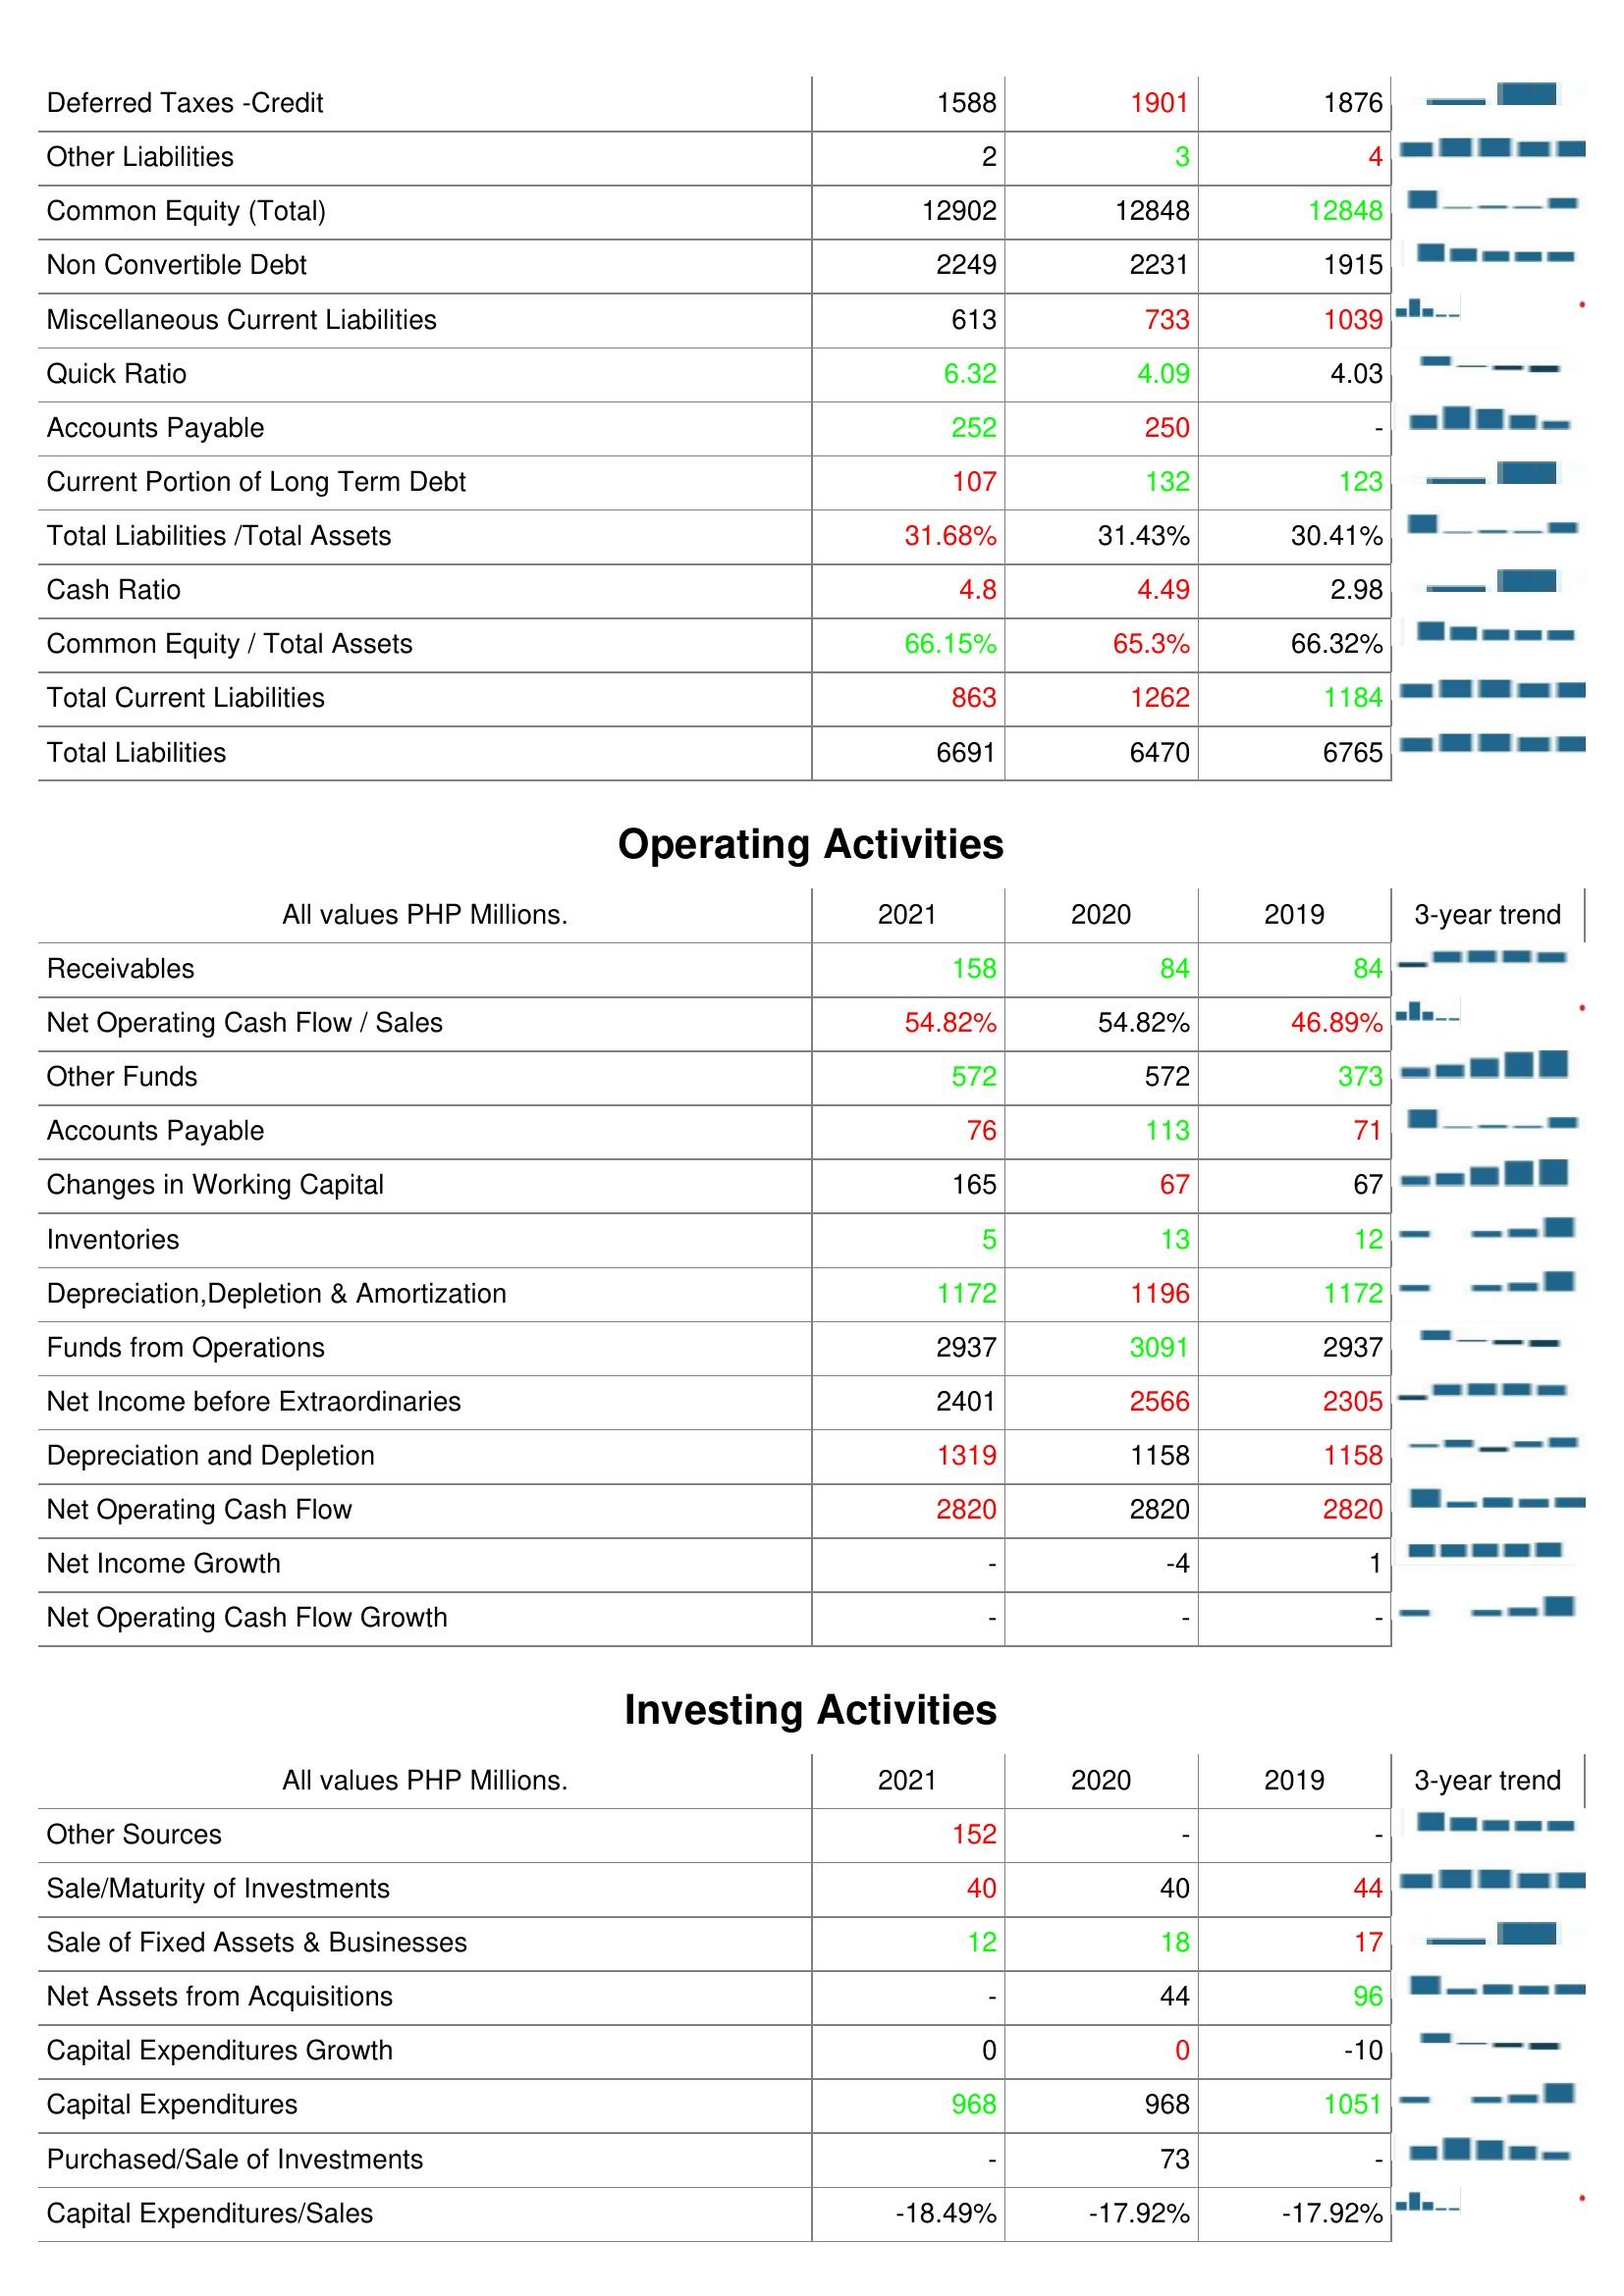
2021: Liabilities & Shareholder's Equity: Deferred Taxes -Credit: 1588
Other Liabilities: 2
Common Equity (Total): 12902
Non Convertible Debt: 2249
Miscellaneous Current Liabilities: 613
Quick Ratio: 6.32
Accounts Payable: 252
Current Portion of Long Term Debt: 107
Total Liabilities /Total Assets: 31.68%
Cash Ratio: 4.8
Common Equity / Total Assets: 66.15%
Total Current Liabilities: 863
Total Liabilities: 6691
Operating Activities: Receivables: 158
Net Operating Cash Flow / Sales: 54.82%
Other Funds: 572
Accounts Payable: 76
Changes in Working Capital: 165
Inventories: 5
Depreciation,Depletion & Amortization: 1172
Funds from Operations: 2937
Net Income before Extraordinaries: 2401
Depreciation and Depletion: 1319
Net Operating Cash Flow: 2820
Net Income Growth: -
Net Operating Cash Flow Growth: -
Investing Activities: Other Sources: 152
Sale/Maturity of Investments: 40
Sale of Fixed Assets & Businesses: 12
Net Assets from Acquisitions: -
Capital Expenditures Growth: 0
Capital Expenditures: 968
Purchased/Sale of Investments: -
Capital Expenditures/Sales: -18.49%
2020: Liabilities & Shareholder's Equity: Deferred Taxes -Credit: 1901
Other Liabilities: 3
Common Equity (Total): 12848
Non Convertible Debt: 2231
Miscellaneous Current Liabilities: 733
Quick Ratio: 4.09
Accounts Payable: 250
Current Portion of Long Term Debt: 132
Total Liabilities /Total Assets: 31.43%
Cash Ratio: 4.49
Common Equity / Total Assets: 65.3%
Total Current Liabilities: 1262
Total Liabilities: 6470
Operating Activities: Receivables: 84
Net Operating Cash Flow / Sales: 54.82%
Other Funds: 572
Accounts Payable: 113
Changes in Working Capital: 67
Inventories: 13
Depreciation,Depletion & Amortization: 1196
Funds from Operations: 3091
Net Income before Extraordinaries: 2566
Depreciation and Depletion: 1158
Net Operating Cash Flow: 2820
Net Income Growth: -4
Net Operating Cash Flow Growth: -
Investing Activities: Other Sources: -
Sale/Maturity of Investments: 40
Sale of Fixed Assets & Businesses: 18
Net Assets from Acquisitions: 44
Capital Expenditures Growth: 0
Capital Expenditures: 968
Purchased/Sale of Investments: 73
Capital Expenditures/Sales: -17.92%
2019: Liabilities & Shareholder's Equity: Deferred Taxes -Credit: 1876
Other Liabilities: 4
Common Equity (Total): 12848
Non Convertible Debt: 1915
Miscellaneous Current Liabilities: 1039
Quick Ratio: 4.03
Accounts Payable: -
Current Portion of Long Term Debt: 123
Total Liabilities /Total Assets: 30.41%
Cash Ratio: 2.98
Common Equity / Total Assets: 66.32%
Total Current Liabilities: 1184
Total Liabilities: 6765
Operating Activities: Receivables: 84
Net Operating Cash Flow / Sales: 46.89%
Other Funds: 373
Accounts Payable: 71
Changes in Working Capital: 67
Inventories: 12
Depreciation,Depletion & Amortization: 1172
Funds from Operations: 2937
Net Income before Extraordinaries: 2305
Depreciation and Depletion: 1158
Net Operating Cash Flow: 2820
Net Income Growth: 1
Net Operating Cash Flow Growth: -
Investing Activities: Other Sources: -
Sale/Maturity of Investments: 44
Sale of Fixed Assets & Businesses: 17
Net Assets from Acquisitions: 96
Capital Expenditures Growth: -10
Capital Expenditures: 1051
Purchased/Sale of Investments: -
Capital Expenditures/Sales: -17.92%